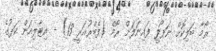
ރޯމާ ބަލިކޮށް ނަޕޯލީ ފައިނަލަށް ރޯމް (ފެބްރުއަރީ 13) - އިޓާލިއަން ކަޕުގެ